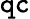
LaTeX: \texttt{qc}